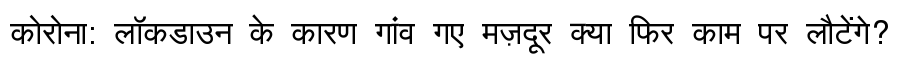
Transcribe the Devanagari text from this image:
कोरोना: लॉकडाउन के कारण गांव गए मज़दूर क्या फिर काम पर लौटेंगे?